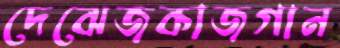
দেঝেজকাজগান